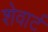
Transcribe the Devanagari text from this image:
शेवार्ट